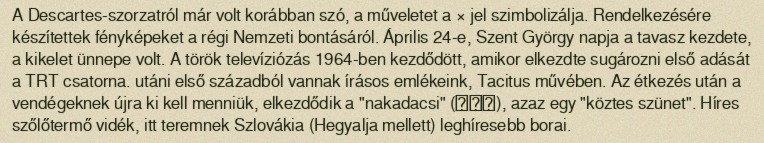
A Descartes-szorzatról már volt korábban szó, a műveletet a × jel szimbolizálja. Rendelkezésére készítettek fényképeket a régi Nemzeti bontásáról. Április 24-e, Szent György napja a tavasz kezdete, a kikelet ünnepe volt. A török televíziózás 1964-ben kezdődött, amikor elkezdte sugározni első adását a TRT csatorna. utáni első századból vannak írásos emlékeink, Tacitus művében. Az étkezés után a vendégeknek újra ki kell menniük, elkezdődik a "nakadacsi" (中立ち), azaz egy "köztes szünet". Híres szőlőtermő vidék, itt teremnek Szlovákia (Hegyalja mellett) leghíresebb borai.